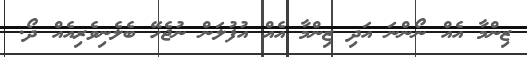
ޒިންމާ އެއް ނޯންނަ އަދި ޒިންމާ އެއް އުފުލަން ނުޖެހޭ ބެލެނިވެރިއެއް ދޯ.